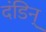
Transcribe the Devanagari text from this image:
दंडिन्